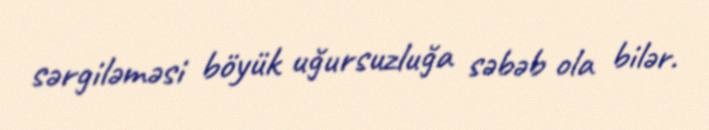
sərgiləməsi böyük uğursuzluğa səbəb ola bilər.